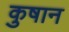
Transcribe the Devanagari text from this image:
कुषान